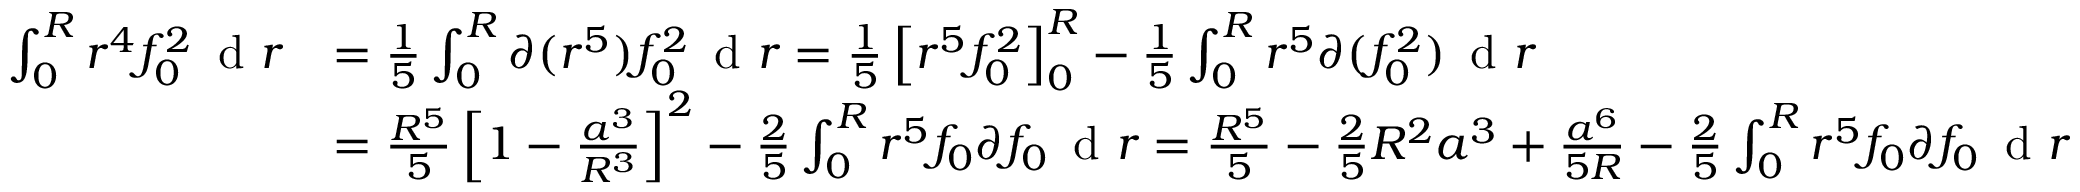
\begin{array} { r l } { \int _ { 0 } ^ { R } r ^ { 4 } f _ { 0 } ^ { 2 } \, \textnormal { d } r } & { = \frac { 1 } { 5 } \int _ { 0 } ^ { R } \partial ( r ^ { 5 } ) f _ { 0 } ^ { 2 } \, \textnormal { d } r = \frac { 1 } { 5 } \left[ r ^ { 5 } f _ { 0 } ^ { 2 } \right] _ { 0 } ^ { R } - \frac { 1 } { 5 } \int _ { 0 } ^ { R } r ^ { 5 } \partial ( f _ { 0 } ^ { 2 } ) \, \textnormal { d } r } \\ & { = \frac { R ^ { 5 } } { 5 } \left[ 1 - \frac { a ^ { 3 } } { R ^ { 3 } } \right] ^ { 2 } - \frac { 2 } { 5 } \int _ { 0 } ^ { R } r ^ { 5 } f _ { 0 } \partial f _ { 0 } \, \textnormal { d } r = \frac { R ^ { 5 } } { 5 } - \frac { 2 } { 5 } R ^ { 2 } a ^ { 3 } + \frac { a ^ { 6 } } { 5 R } - \frac { 2 } { 5 } \int _ { 0 } ^ { R } r ^ { 5 } f _ { 0 } \partial f _ { 0 } \, \textnormal { d } r } \end{array}